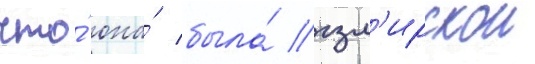
что́ она́ была́ изм'ирскои